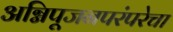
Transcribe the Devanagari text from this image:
अग्निपूजनपरंपरेचा